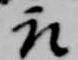
取